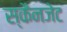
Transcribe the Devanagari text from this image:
स्कैनजेट